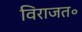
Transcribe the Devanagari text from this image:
विराजत॰